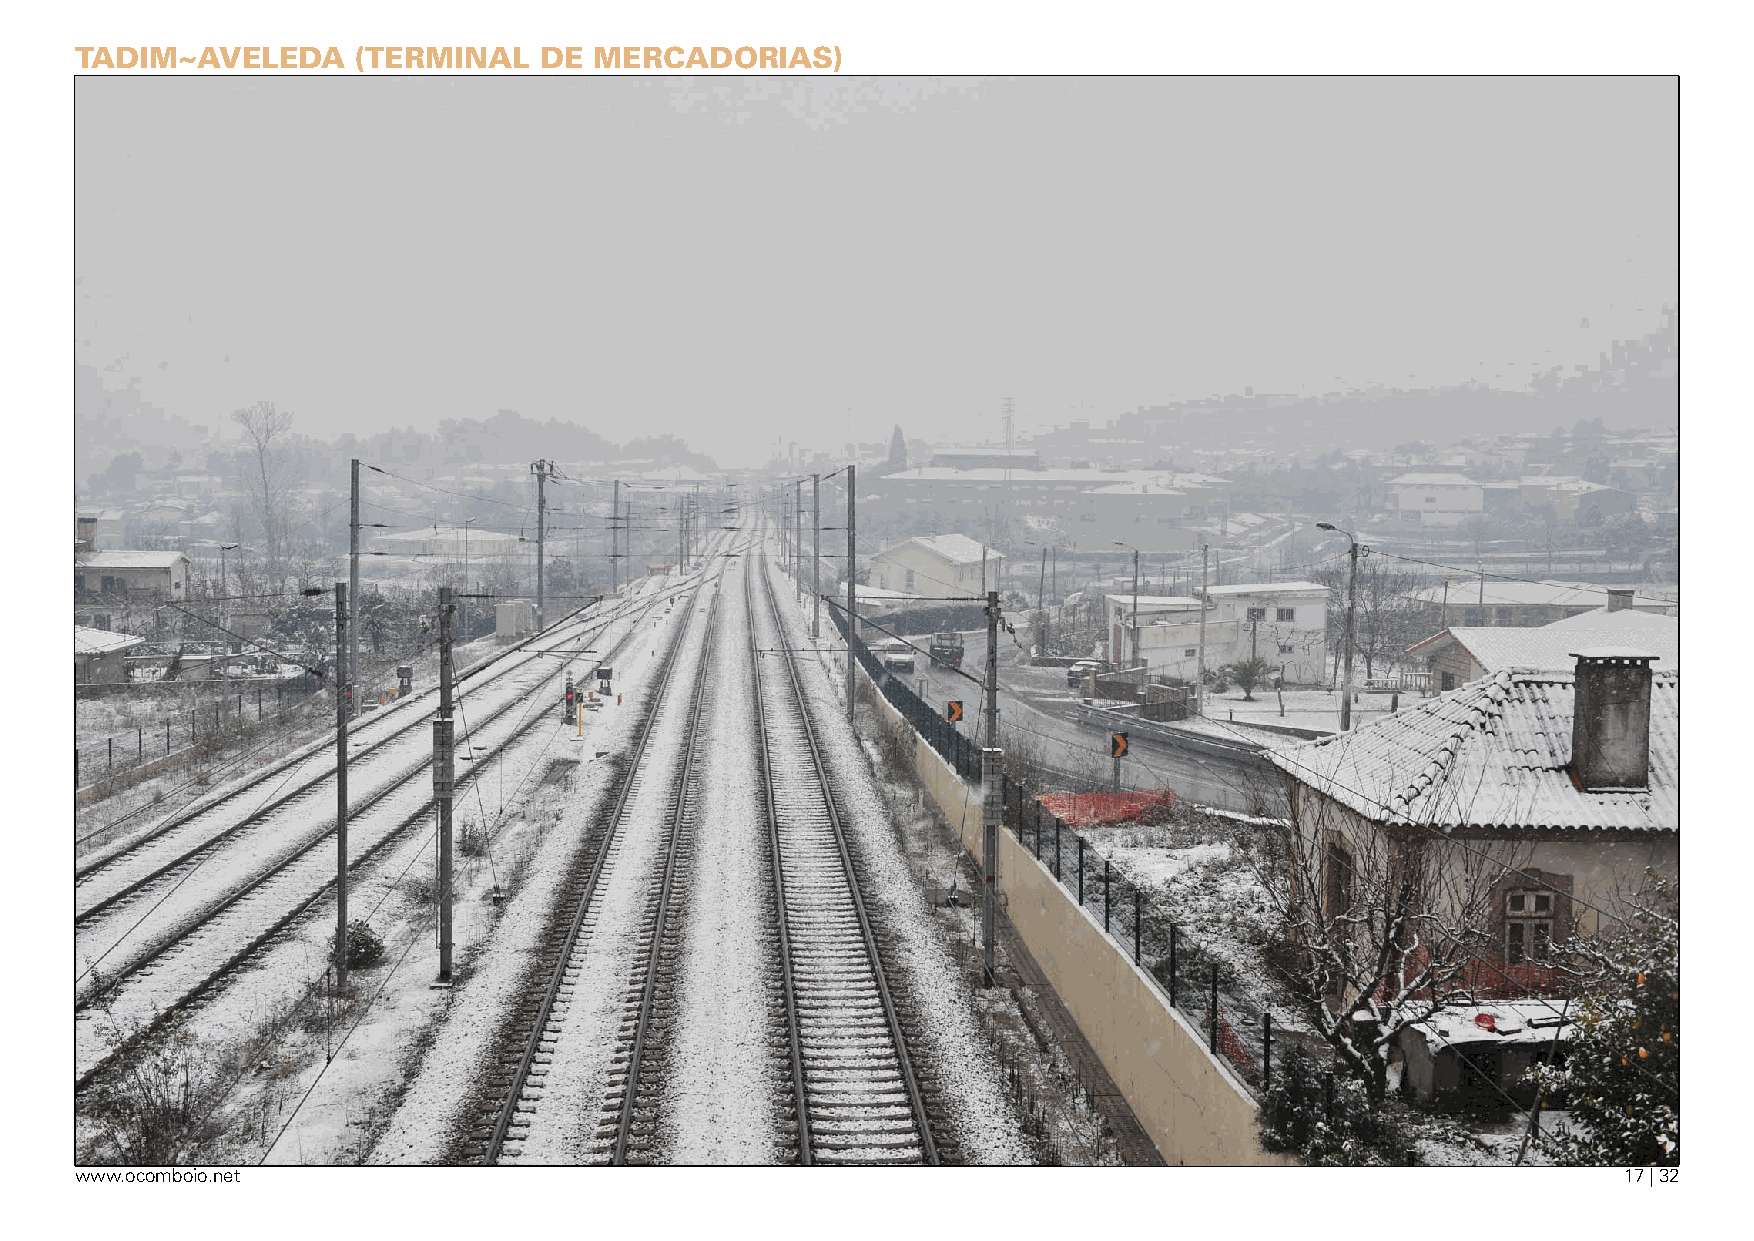
tadim~aveleda      (terminal   de merCadOrias)
 www.ocomboio.net                                                                                       17 | 32